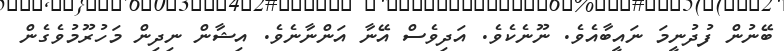
ބޭނުން ފުދުނީމަ ނައީބާއެވެ. ނޫނެކެވެ. އަދިވެސް އޭނާ އަންނާނެވެ. އިޝާން ނިދިން މަހުރޫމުވެގެން